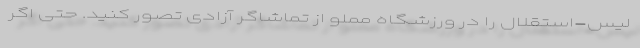
لیس-استقلال را در ورزشگاه مملو از تماشاگر آزادی تصور کنید. حتی اگر